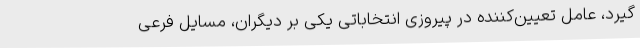
‌گیرد، عامل تعیین‌کننده در پیروزی انتخاباتی یکی بر دیگران، مسایل فرعی